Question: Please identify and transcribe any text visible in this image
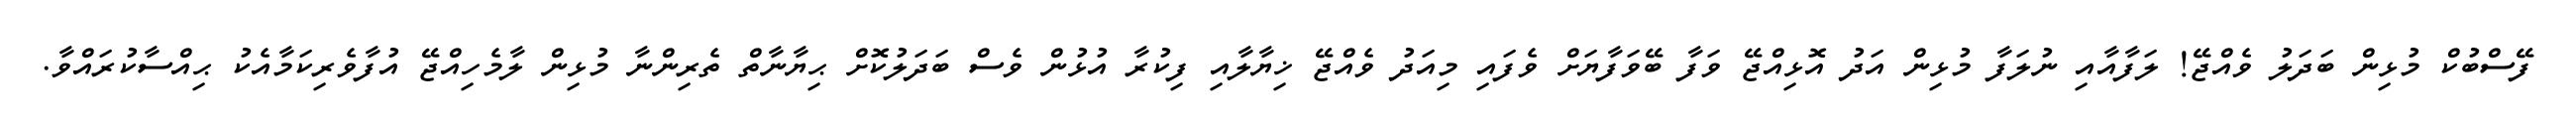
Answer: ފޭސްބުކް މުޅިން ބަދަލު ވެއްޖޭ! ލަފާއާއި ނުލަފާ މުޅިން އަދު އޮޅިއްޖޭ ވަފާ ބޭވަފާޔަށް ވެފައި މިއަދު ވެއްޖޭ ޚިޔާލާއި ފިކުރާ އުޅުން ވެސް ބަދަލުކޮށް ޙިޔާނާތް ތެރިންނާ މުޅިން ލާމެހިއްޖޭ އުފާވެރިކަމާއެކު ޙިއްސާކުރައްވާ.